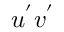
u ^ { ' } v ^ { ' }